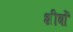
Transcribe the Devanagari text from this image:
शीर्षोॱ